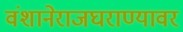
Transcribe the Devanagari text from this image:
वंशानेराजघराण्यावर